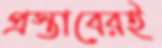
প্রস্তাবেরই